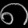
Digit: ၈